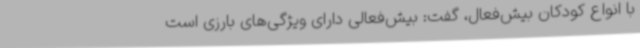
با انواع کودکان بیش‌فعال، گفت: بیش‌فعالی دارای ویژگی‌های بارزی است